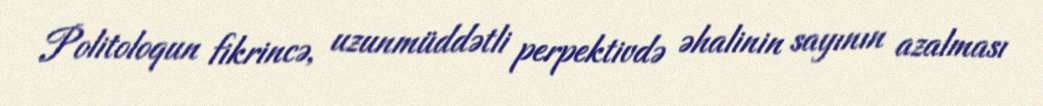
Politoloqun fikrincə, uzunmüddətli perpektivdə əhalinin sayının azalması